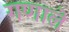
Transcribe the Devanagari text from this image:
गणाले